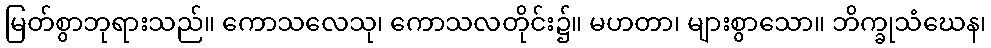
မြတ်စွာဘုရားသည်။ ကောသလေသု၊ ကောသလတိုင်း၌။ မဟတာ၊ များစွာသော။ ဘိက္ခုသံဃေန၊